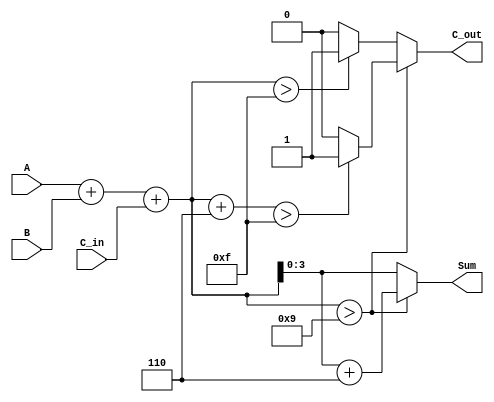
module BCD_Parallel_Adder (
    input  wire [3:0] A,       // 4-bit BCD digit A
    input  wire [3:0] B,       // 4-bit BCD digit B
    input  wire C_in,          // 1-bit carry input
    output reg  [3:0] Sum,     // 4-bit BCD result
    output reg  C_out          // 1-bit carry output
);

    // Internal wire for the binary sum
    wire [4:0] Sum_bin; // 5 bits to hold the sum including carry
    assign Sum_bin = A + B + C_in; // Binary addition of A, B, and C_in

    always @(*) begin
        // Default values
        Sum = 4'b0000;
        C_out = 1'b0;

        // Check if correction is needed
        if (Sum_bin > 9) begin
            Sum = Sum_bin + 4'b0110; // Add 6 for BCD correction
            if (Sum_bin + 4'b0110 > 15) begin
                C_out = 1'b1; // Set carry out if result exceeds 15
            end
        end else begin
            Sum = Sum_bin[3:0]; // No correction needed
            if (Sum_bin > 15) begin
                C_out = 1'b1; // Set carry out if result exceeds 15
            end
        end
    end

endmodule